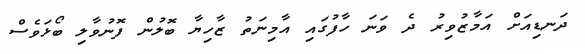
ދަނޑިއަށް އަމާޒުވިރު ދެ ވަނަ ހާފުގައި އާމިނަތު ޒާހިޔާ ބޮލުން ފޮނުވާލި ބޯޅަވެސް